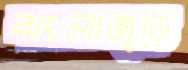
বাংলাজুড়ে